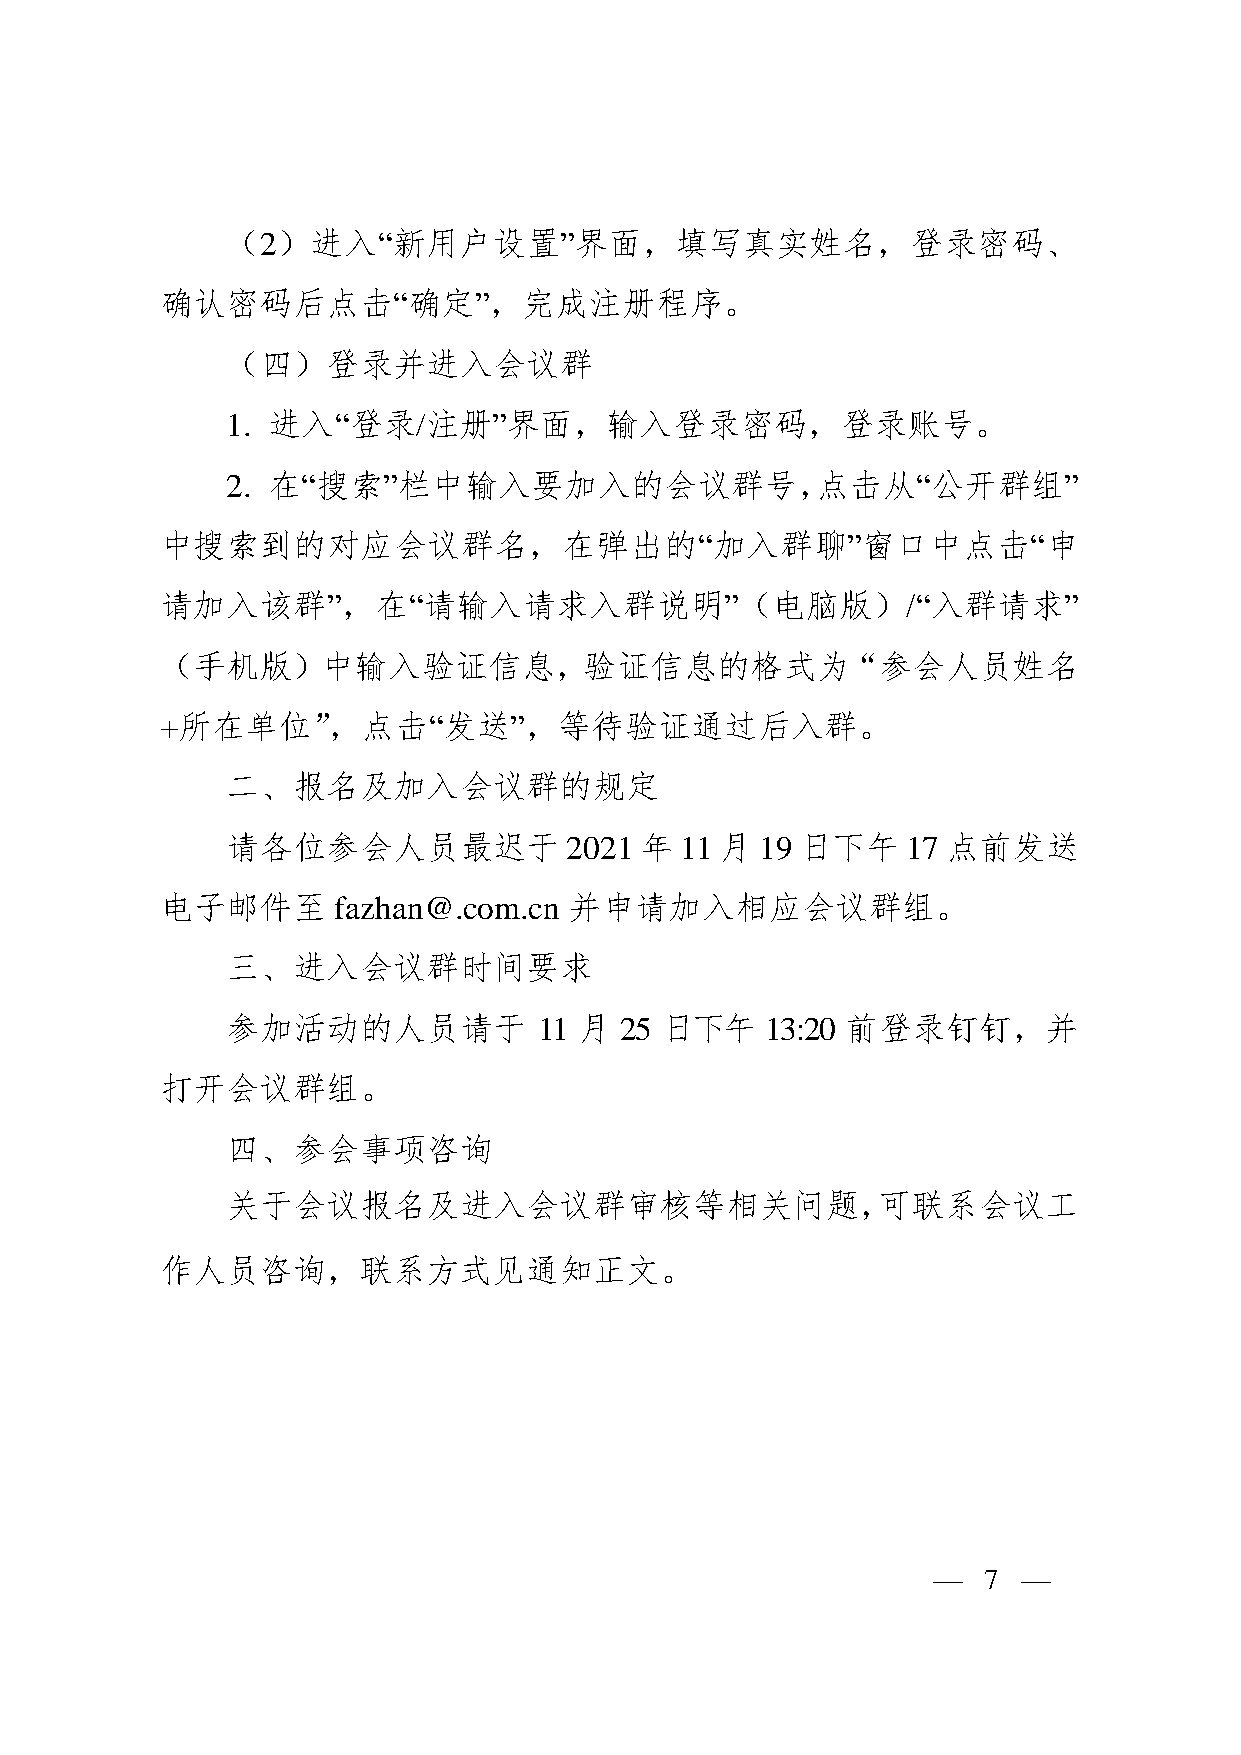
（2）进入“新用户设置”界面，填写真实姓名，登录密码、
 确认密码后点击“确定”，完成注册程序。
 （四）登录并进入会议群
 1. 进入“登录/注册”界面，输入登录密码，登录账号。
 2. 在“搜索”栏中输入要加入的会议群号，点击从“公开群组”
 中搜索到的对应会议群名，在弹出的“加入群聊”窗口中点击“申
 请加入该群”，在“请输入请求入群说明”（电脑版）/“入群请求”
 （手机版）中输入验证信息，验证信息的格式为“参会人员姓名
 +所在单位”，点击“发送”，等待验证通过后入群。
 二、报名及加入会议群的规定
 请各位参会人员最迟于            2021 年  11 月 19 日下午    17 点前发送
 电子邮件至      fazhan@.com.cn  并申请加入相应会议群组。
 三、进入会议群时间要求
 参加活动的人员请于            11 月 25 日下午    13:20 前登录钉钉，并
 打开会议群组。
 四、参会事项咨询
 关于会议报名及进入会议群审核等相关问题，可联系会议工
 作人员咨询，联系方式见通知正文。
 —  7  —